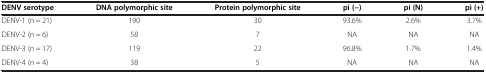
<table><thead><tr><td><b>DENV serotype</b></td><td><b>DNA polymorphic site</b></td><td><b>Protein polymorphic site</b></td><td><b>pi (−)</b></td><td><b>pi (N)</b></td><td><b>pi (+)</b></td></tr></thead><tbody><tr><td>DENV-1 (n = 21)</td><td>190</td><td>30</td><td>93.6%</td><td>2.6%</td><td>3.7%</td></tr><tr><td>DENV-2 (n = 6)</td><td>58</td><td>7</td><td>NA</td><td>NA</td><td>NA</td></tr><tr><td>DENV-3 (n = 17)</td><td>119</td><td>22</td><td>96.8%</td><td>1.7%</td><td>1.4%</td></tr><tr><td>DENV-4 (n = 4)</td><td>38</td><td>5</td><td>NA</td><td>NA</td><td>NA</td></tr></tbody></table>